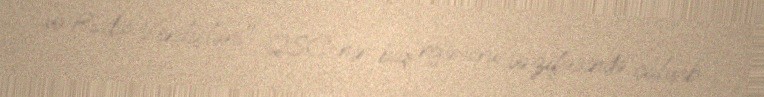
və Radio Verilişləri" QSC-nin baş rejissoru vəzifəsində çalışıb.